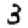
Digit: 3